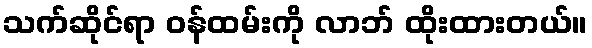
သက်ဆိုင်ရာ ဝန်ထမ်းကို လာဘ် ထိုးထားတယ်။